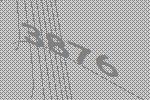
3876